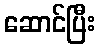
ဆောင်ပြီး